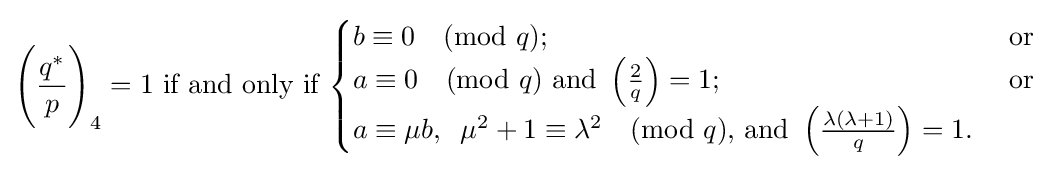
{\Bigg (}{\frac {q^{*}}{p}}{\Bigg )}_{4}=1{\mbox{ if and only if }}{\begin{cases}b\equiv 0{\pmod {q}};&{\mbox{ or }}\\a\equiv 0{\pmod {q}}{\mbox{ and }}\left({\frac {2}{q}}\right)=1;&{\mbox{ or }}\\a\equiv \mu b,\;\;\mu ^{2}+1\equiv \lambda ^{2}{\pmod {q}}{\mbox{, and }}\left({\frac {\lambda (\lambda +1)}{q}}\right)=1.\end{cases}}